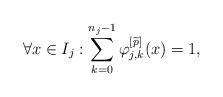
LaTeX: \begin{align*}\forall x \in I_j:\sum_{k = 0}^{n_j-1} \varphi_{j,k}^{\left[\widetilde{p}\right]}(x) = 1,\end{align*}